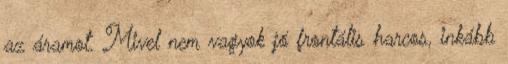
az áramot. Mivel nem vagyok jó frontális harcos, inkább